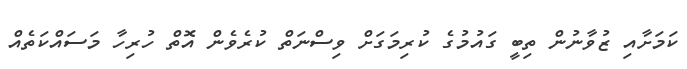
ކަމަށާއި ޒުވާނުން ތިބީ ގައުމުގެ ކުރިމަގަށް ވިސްނަތް ކުރެވެން އޮތް ހުރިހާ މަސައްކަތެއް